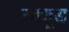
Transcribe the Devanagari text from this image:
स्क्यूड